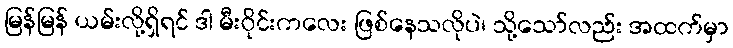
မြန်မြန် ယမ်းလို့ရှိရင် ဒါ မီးဝိုင်းကလေး ဖြစ်နေသလိုပဲ၊ သို့သော်လည်း အထက်မှာ